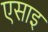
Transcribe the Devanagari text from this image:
एसाइ